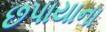
છપાયાના